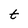
Character: t